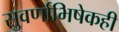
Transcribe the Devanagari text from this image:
सुवर्णाभिषेकही